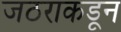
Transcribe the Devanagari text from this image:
जठराकडून